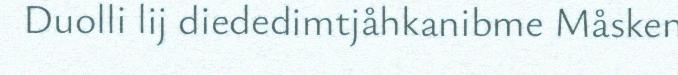
Duolli lij diededimtjåhkanibme Måsken